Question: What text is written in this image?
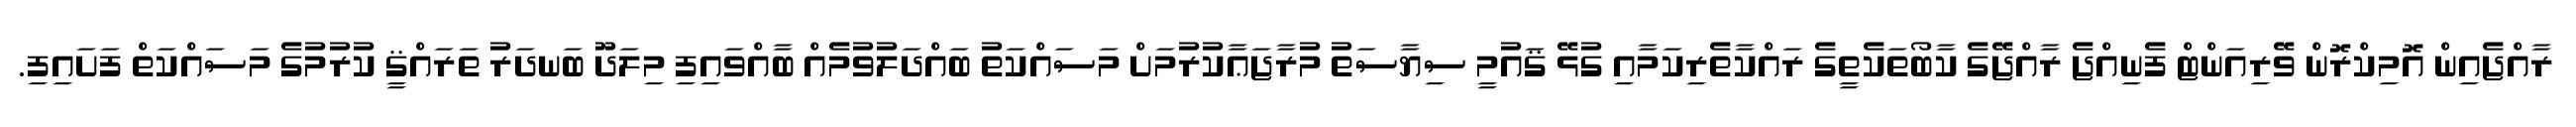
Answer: ރާއްޖެއިން އޮމިކްރޮން ވޭރިއަންޓް ފެނިއްޖެ ރާއްޖޭގެ ކާބޯތަކެތީގެ ރައްކާތެރިކަމާއި ގުޅޭ ޤައުމީ ސިޔާސަތު މުރާޖަޢާކުރުމަށް މަސައްކަތު ބައްދަލުވުމެއް ބާއްވައިފި މިލަދޫ ބަނދަރު ތަރައްޤީ ކުރުމުގެ މަސައްކަތް ފަށައިފި.